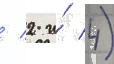
/ 2 и́ 4)